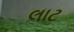
લાટ